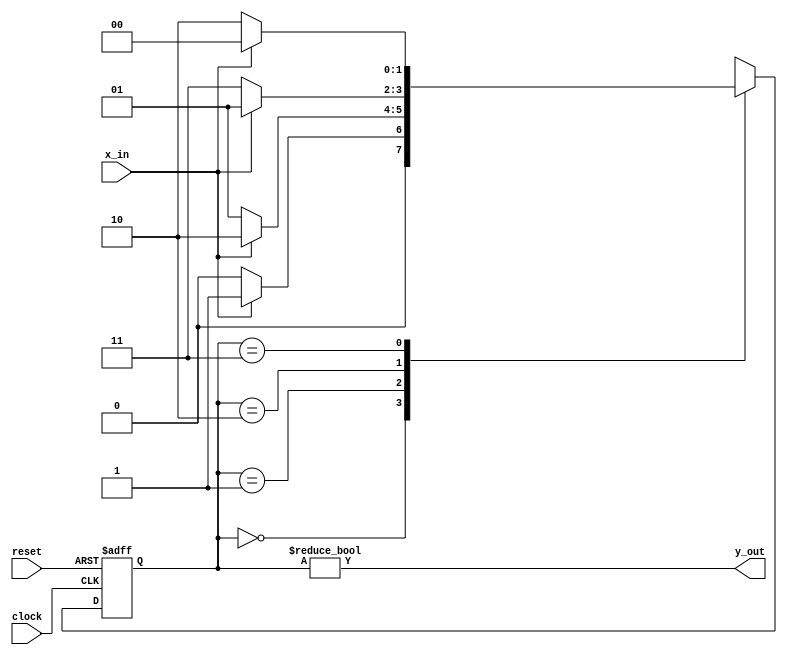
module problem6(
  output y_out, 
  input x_in, clock, reset
);
  reg [1:0]state;
  parameter	S0=2'b00,S1=2'b01,S2=2'b10,S3=2'b11;

  always@(posedge clock,negedge reset)
    if (reset==0) state<=S0;
    else case(state)
      S0:if(x_in) state<=S1;else state<=S0;
      S1:if(x_in) state<=S2;else state<=S1;
      S2:if(x_in) state<=S1;else state<=S3;
      S3:if(x_in) state<=S0;else state<=S2;
    endcase 
	assign	y_out=(state!=S0);
endmodule